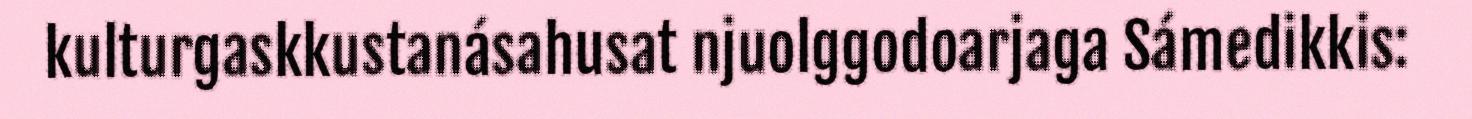
kulturgaskkustanásahusat njuolggodoarjaga Sámedikkis: